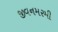
જીવનમરમી